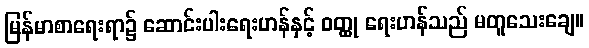
မြန်မာစာရေးရာ၌ ဆောင်းပါးရေးဟန်နှင့် ဝတ္ထု ရေးဟန်သည် မတူသေးချေ။